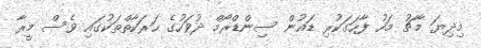
މިދިޔަ މާޗު މަހު ފާހަގަކުރި ޑައުން ސިންޑްރޯމް ދުވަހުގެ ހަރަކާތްތަކުގައި ވެސް މީރާ